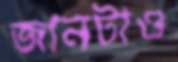
জানটাও